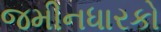
જમીનધારકો